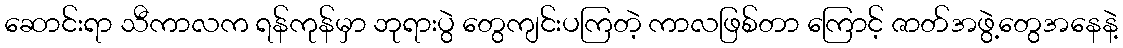
ဆောင်းရာ သီကာလက ရန်ကုန်မှာ ဘုရားပွဲ တွေကျင်းပကြတဲ့ ကာလဖြစ်တာ ကြောင့် ဇာတ်အဖွဲ့တွေအနေနဲ့